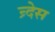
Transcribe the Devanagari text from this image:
न्र्देस